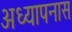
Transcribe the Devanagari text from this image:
अध्यापनास